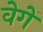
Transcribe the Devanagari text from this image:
वेगें